Document type: Acquittal of debt
Year: 1424
Scribe: Francesc de Casanoves
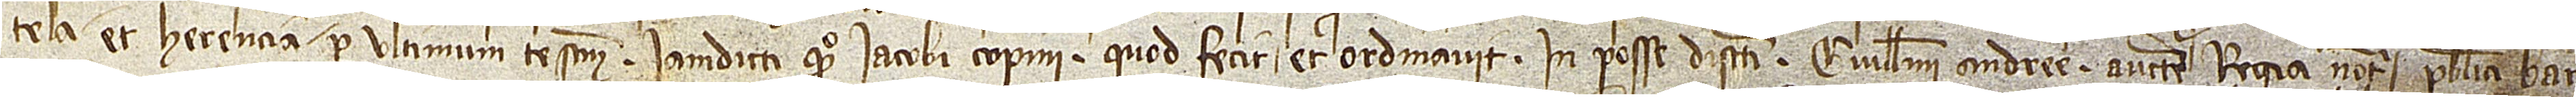
tela et herencia per ultimum testamentum iamdicti quondam Iacobi Copini, quod fecit et ordinavit in posse discreti Guillelmi Andree, auctoritate regia notarii publici Bar-